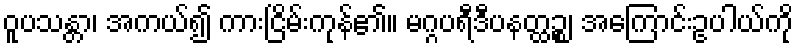
ဝူပသန္တာ၊ အကယ်၍ ကားငြိမ်းကုန်၏။ မဂ္ဂပရီဒီပနတ္ထဉ္စ၊ အကြောင်းဥပါယ်ကို